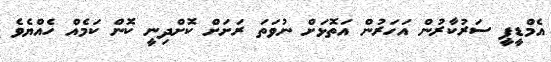
އެމްޑީޕީ ސަރުކާރުން އަހަރުން އަތޮޅަށް ނުވަތަ ރަށަށް ކޮށްދިނީ ކޮން ކަމެއް ހެއްޔެވެ